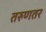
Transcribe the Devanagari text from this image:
तरुणतर